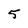
Character: 5